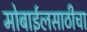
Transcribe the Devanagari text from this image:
मोबाईलसाठीचा